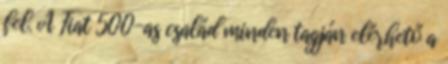
fel. A Fiat 500-as család minden tagján elérhető a